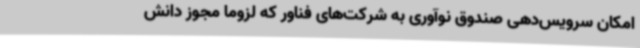
امکان سرویس‌دهی صندوق نوآوری به شرکت‌های فناور که لزوما مجوز دانش